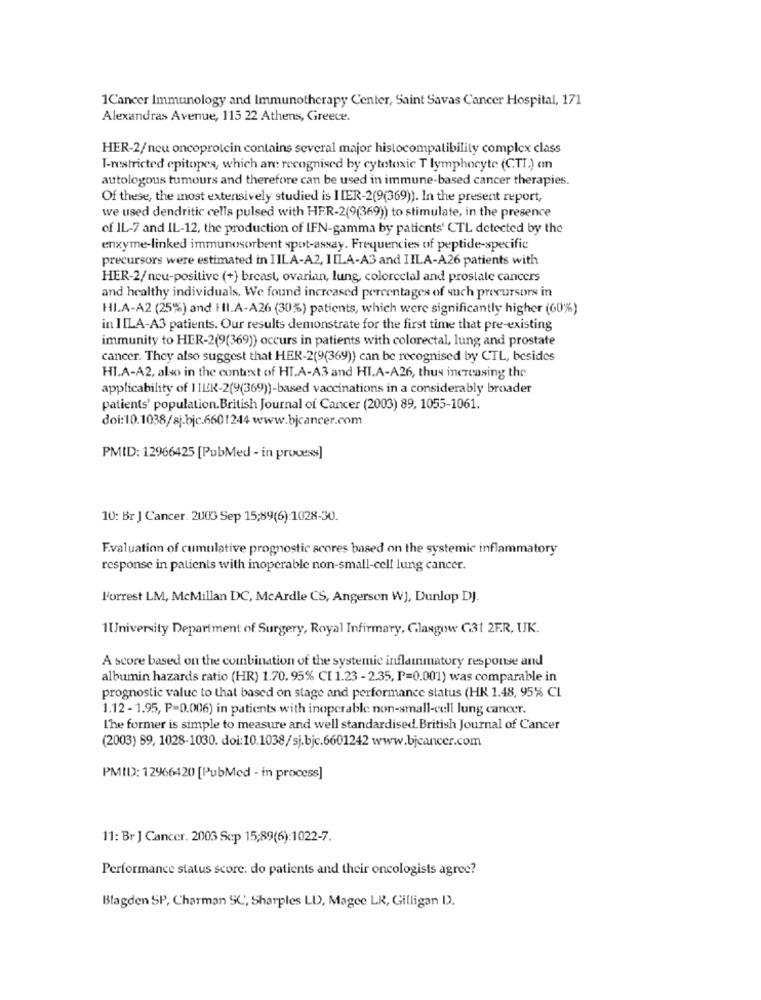
1Cancer Immunology and Immunotherapy Center, Saint Savas Cancer Hospital, 171
Alexandras Avenue, 115 22 Athens, Greece.
HER-2/neu oncoprolcin contains several major histocompatibility complex class
I-restricted epitopes, which are recognised by cytotoxic T lymphocyte (CTI.) an
autologous tumours and therefore can be used in immune-based cancer therapies.
Of these, the most extensively studied is HIER-2(9(369)). In the present report,
we used dendritic cells pulsed with HER-2(9(369)) to stimulate, in the presence
of IL-7 and IL-12, the production of IFN-gamma by patients' CTL detected by the
enxyme-linked immunosorbent spot-assay. Frequencies of peptide-specific
precursors were estimated in IILA-A2, IILA-A3 and IILA-A26 patients with
HER-2/neu-positive (+) breast, ovarian, lung, colorectal and prostate cancers
and healthy individuals. We found increased percentages of such precursors in
HLA-A2 (25%) and HI.A-A26 (30%) patients, which were significantly higher (60%)
in IILA-A3 patients. Our results demonstrate for the first time that pre-existing
immunity to HER-2(9(369)) occurs in patients with colorectal, lung and prostate
cancer. They also suggest that HER-2(9(369)) can be recognised by CTL, besides
HI.A-A2, also in the context of HI.A-A3 and HLA-A26, thus increasing the
applicability of 1ILK-2(9(369))-based vaccinations in a considerably broader
patients' population. British Journal of Cancer (2003) 89, 1055-1061.
doi:10.1038/sj.bjc.6601244 www.bjcancer.com
PMID: 12966425 [PubMed - in process]
10: Br J Cancer. 2003 Sep 15;89(6) 1028-30.
Evaluation of cumulative prognostic scores based on the systemic inflammatory
response in patients with inoperable non-small-cell lung cancer.
l'orrest LM, McMillan DC, McArdle CS, Angerson W], Dunlop DJ.
1University Department of Surgery, Royal Infirmary, Glasgow G31 2F.R, UK.
A score based on the combination of the systemic inflammatory response and
albumin hazards ratio (HR) 1.70. 95% CI 1.23 - 2.35, P=0.001) was comparable in
prognostic value to that based on stage and performance status (HK 1.48, 95% CL
1.12 - 1.95, P=0.006) in patients with inoperable non-small-cell lung cancer.
T'he former is simple to measure and well standardised. British Journal of Cancer
(2003) 59, 1028-1030. doi:10.1038/sj.bjc.6601242 www.bjcancer.com
PMID): 12966420 [PubMed - in process]
11: Br J Cancer. 2003 Scp 15:89(6):1022-7.
Performance status score: do patients and their oncologists agree?
Blagden SP, Charman SC, Sharples LD, Magee LR, Gilligan D.